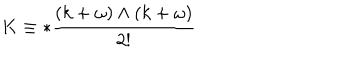
K \equiv * { \frac { ( k + \omega ) \wedge ( k + \omega ) } { 2 ! } }